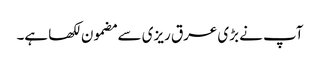
آپ نے بڑی عرق ریزی سے مضمون لکھا ہے۔